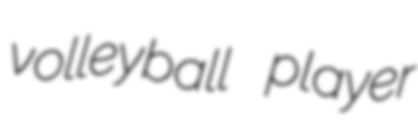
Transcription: volleyball player